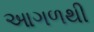
આગળથી